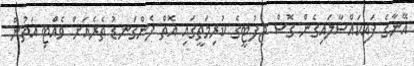
އޭނާގެ ފައިކައްސާލައިގެން ގޮސް ޖިފުޓީގެ ކުރިމަތީގައި އޮތް ފެންގަނޑު ތެރެއަށް ވެއްޓި އަތުން